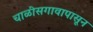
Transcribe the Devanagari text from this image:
चाळीसगावापासून